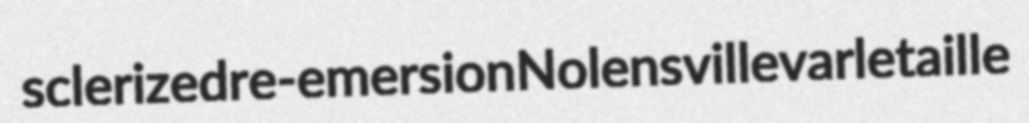
sclerized re-emersion Nolensville varletaille